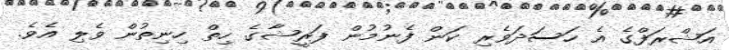
އަޝްރަފްގެ އެ ހަސަދަވެރި ކަން ފެނުމުން ފަރީޝާގެ ހިތް ހިނިތުން ވެލި އެވެ.